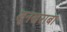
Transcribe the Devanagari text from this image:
खुनखराबा